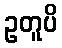
ဥတူပိ